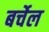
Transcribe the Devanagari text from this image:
बर्चेल